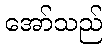
အော်သည်